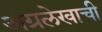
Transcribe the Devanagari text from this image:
अग्रलेखाची